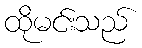
ထိုမင်းသည်